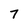
Character: 7